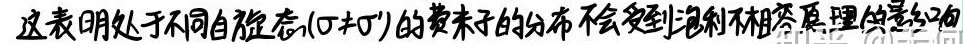
这表明处于不同自旋态($\sigma\neq\sigma^{\prime}$)的费米子的分布不会受到泡利不相容原理的影响.